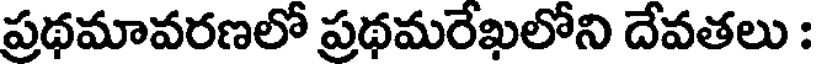
ప్రథమావరణలో ప్రథమరేఖలోని దేవతలు :